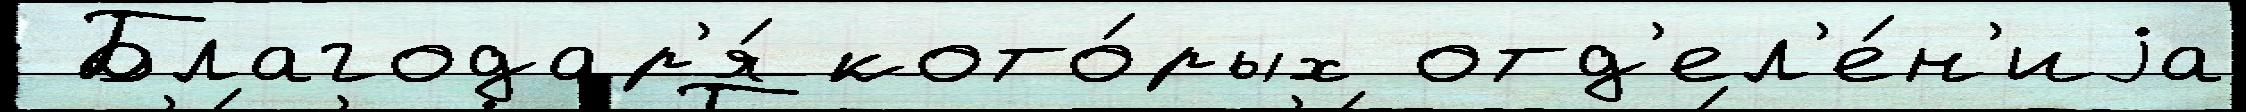
 Благодар'я́ кото́рых отд'ел'е́н'иjа